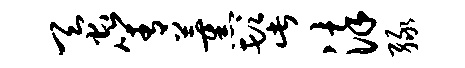
蚕箐薰髭染绿